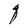
Character: q